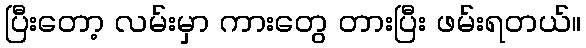
ပြီးတော့ လမ်းမှာ ကားတွေ တားပြီး ဖမ်းရတယ်။